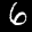
Label: 6